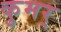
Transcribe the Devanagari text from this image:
कुमर्